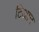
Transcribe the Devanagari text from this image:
टिआन